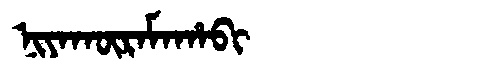
Manchu: ᠨᡳᠶᠠᡴᡡᡵᠠᠮᠠᡥᠠᠪᡳ
Romanization: NIYAKŪRAMAHABI